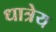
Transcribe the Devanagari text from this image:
धात्रेय